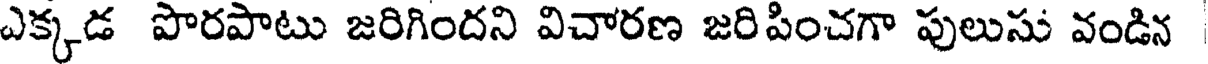
ఎక్కడ పొరపాటు జరిగిందని విచారణ జరిపించగా పులుసు వండిన